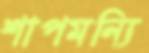
শাপমন্যি